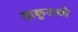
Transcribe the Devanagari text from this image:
ठाकुराची